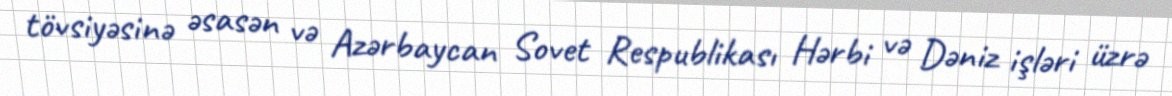
tövsiyəsinə əsasən və Azərbaycan Sovet Respublikası Hərbi və Dəniz işləri üzrə